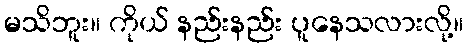
မသိဘူး။ ကိုယ် နည်းနည်း ပူနေသလားလို့။